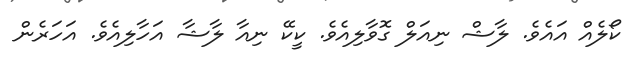
ކޯލެއް އައެވެ. ލާޝް ނިއަލް ގޮވާލިއެވެ. ކީކޭ ނިއާ ލާޝާ އަހާލިއެވެ. އަހަރެން